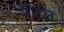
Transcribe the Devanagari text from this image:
सैडिल